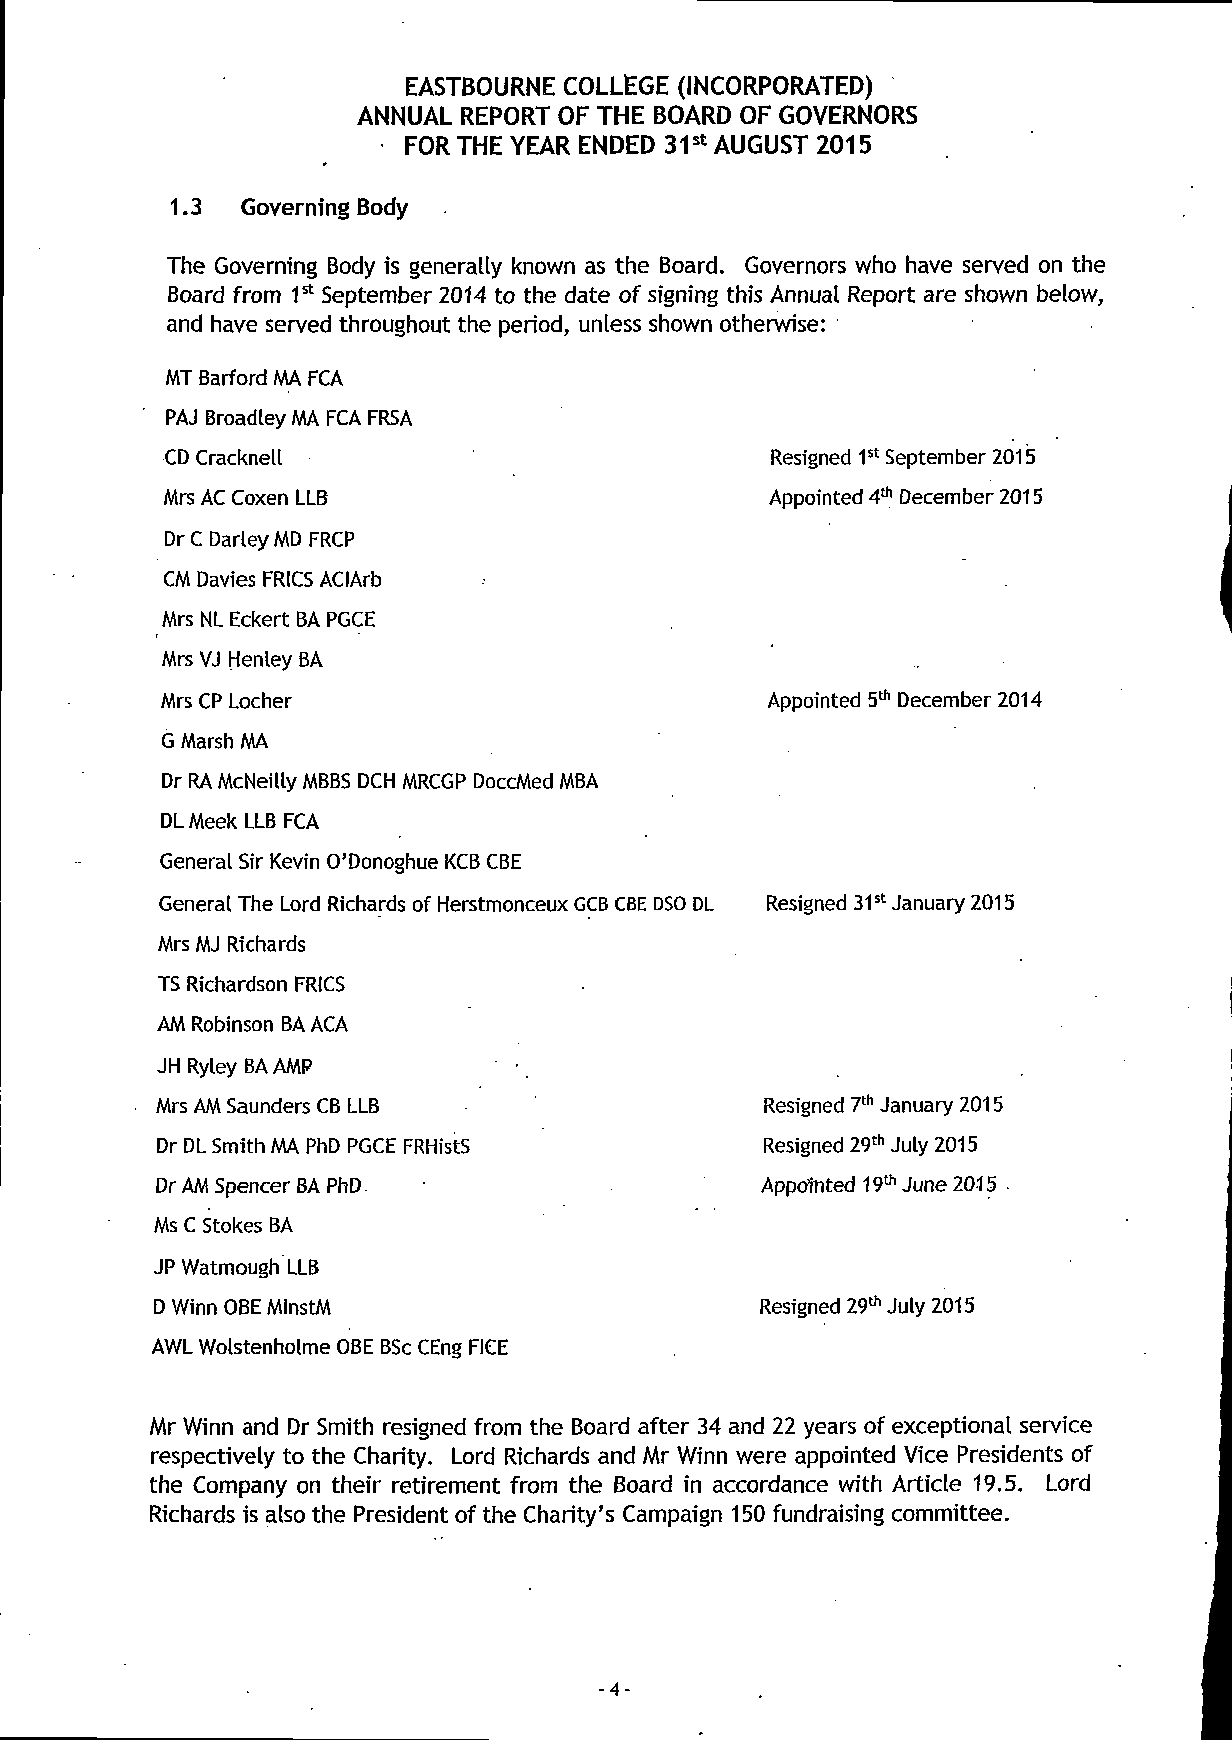
EASTBOURNE COLLEGE (INCORPORATED)
 ANNUAL REPORT OF THE BOARD OF GOVERNORS
 FOR THE YEAR ENDED 31st AUGUST 2015
 1.3  Governing Body
 The Governing Body is generally known as the Board. Governors who have served on the
 Board from 1st September 2014 to the date of signing this Annual Report are shown below,
 and have served throughout the period, unless shown otherwise:
 MT Barford MA FCA
 PAJ Broadley MA FCA FRSA
 CD Cracknell                            Resigned 1st September 2015
 Mrs AC Coxen LLB                        Appointed 4th December 2015
 Dr C Darley MD FRCP
 CM Davies FRICS ACIArb
 Mrs NL Eckert BA PGCE
 Mrs VJ Henley BA
 Mrs CP Locher                           Appointed 5th December 2014
 G Marsh MA
 Dr RA McNeilly MBBS DCH MRCGP DoccMed MBA
 DL Meek LLB FCA
 General Sir Kevin O'Donoghue KCB CBE
 General The Lord Richards of Herstmonceux GCB CBE DSO DL Resigned 31st January 2015
 Mrs MJ Richards
 TS Richardson FRICS
 AM Robinson BA ACA
 JH Ryley BA AMP
 Mrs AM Saunders CB LLB                   Resigned 7th January 2015
 Dr DL Smith MA PhD PGCE FRHistS          Resigned 29th July 2015
 Dr AM Spencer BA PhD                    Appointed 19th June 2015 •
 Ms C Stokes BA
 JP Watmough LLB
 D Winn OBE MlnstM                       Resigned 29th July 2015
 AWL Wolstenholme OBE BSc CEng FICE
 Mr Winn and Dr Smith resigned from the Board after 34 and 22 years of exceptional service
 respectively to the Charity. Lord Richards and Mr Winn were appointed Vice Presidents of
 the Company on their retirement from the Board in accordance with Article 19.5. Lord
 Richards is also the President of the Charity's Campaign 150 fundraising committee.